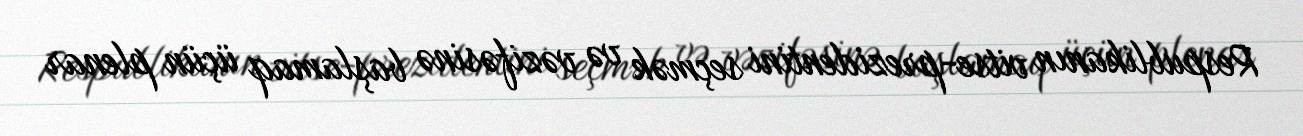
Respublikanın vitse-prezidentini seçmək və vəzifəsinə başlamaq üçün plenar